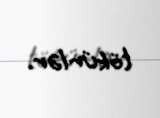
tökürlər.